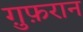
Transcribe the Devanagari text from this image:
ग़ुफ़रान